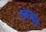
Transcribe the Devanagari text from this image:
स्कुलमेसे